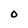
Character: O